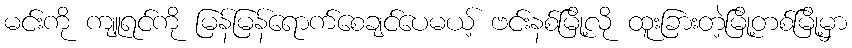
မင်းကို ကျူရင်ကို မြန်မြန်ရောက်စေချင်ပေမယ့် ဗင်းနစ်မြို့လို ထူးခြားတဲ့မြို့တစ်မြို့မှာ